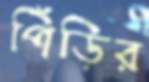
পিঁড়ির